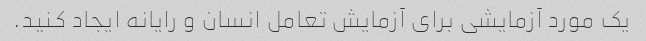
یک مورد آزمایشی برای آزمایش تعامل انسان و رایانه ایجاد کنید.